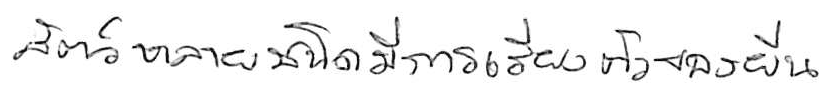
สัตว์หลายชนิดมีการเรียงตัวของยีน